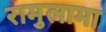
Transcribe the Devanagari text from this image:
रामुलामा